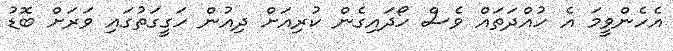
އެހެންވީމަ އެ ހުއްދަތައް ވެސް ހޯދައިގެން ކުރިއަށް ދިއުން ހަގީގަތުގައި ވަރަށް ބޮޑު